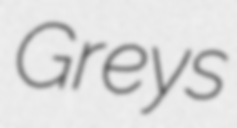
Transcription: Greys